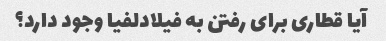
آیا قطاری برای رفتن به فیلادلفیا وجود دارد؟